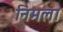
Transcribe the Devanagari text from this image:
निमला